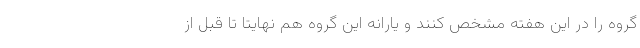
گروه را در این هفته مشخص کنند و یارانه این گروه هم نهایتا تا قبل از